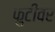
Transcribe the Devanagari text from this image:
फुटीवर